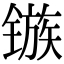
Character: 镞